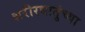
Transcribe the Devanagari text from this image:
शरीरधातुंच्या